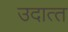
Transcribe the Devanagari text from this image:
उदात्‍त